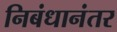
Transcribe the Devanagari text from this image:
निबंधानंतर